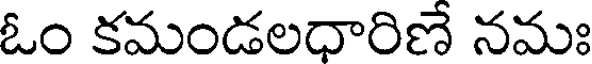
ఓం కమండలధారిణే నమః